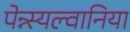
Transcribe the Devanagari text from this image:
पेन्न्स्यल्वानिया